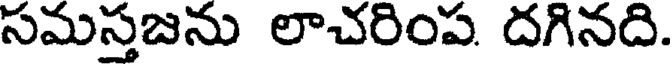
సమస్తజను లాచరింప దగినది.